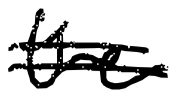
Text: the
Cross-out: double-line
Writing tool: digital_black